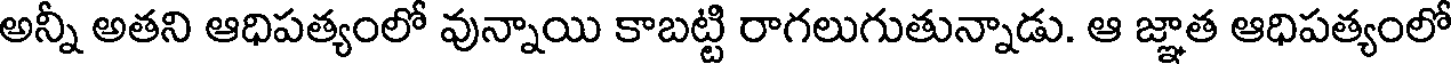
అన్నీ అతని ఆధిపత్యంలో వున్నాయి కాబట్టి రాగలుగుతున్నాడు. ఆ జ్ఞాత ఆధిపత్యంలో